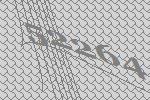
52264